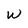
Character: W